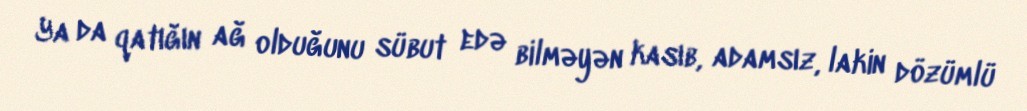
Ya da qatığın ağ olduğunu sübut edə bilməyən kasıb, adamsız, lakin dözümlü